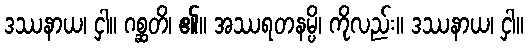
ဒဿနာယ၊ ငှါ။ ဂစ္ဆတိ၊ ၏။ အဿရတနမ္ပိ၊ ကိုလည်း။ ဒဿနာယ၊ ငှါ။